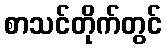
စာသင်တိုက်တွင်